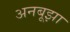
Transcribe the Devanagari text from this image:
अनबूझा